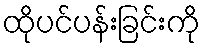
ထိုပင်ပန်းခြင်းကို